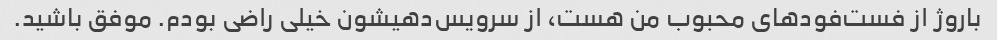
باروژ از فست‌فودهای محبوب من هست، از سرویس‌دهیشون خیلی راضی بودم. موفق باشید.